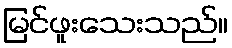
မြင်ဖူးသေးသည်။